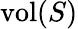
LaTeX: \mathrm{vol}(S)